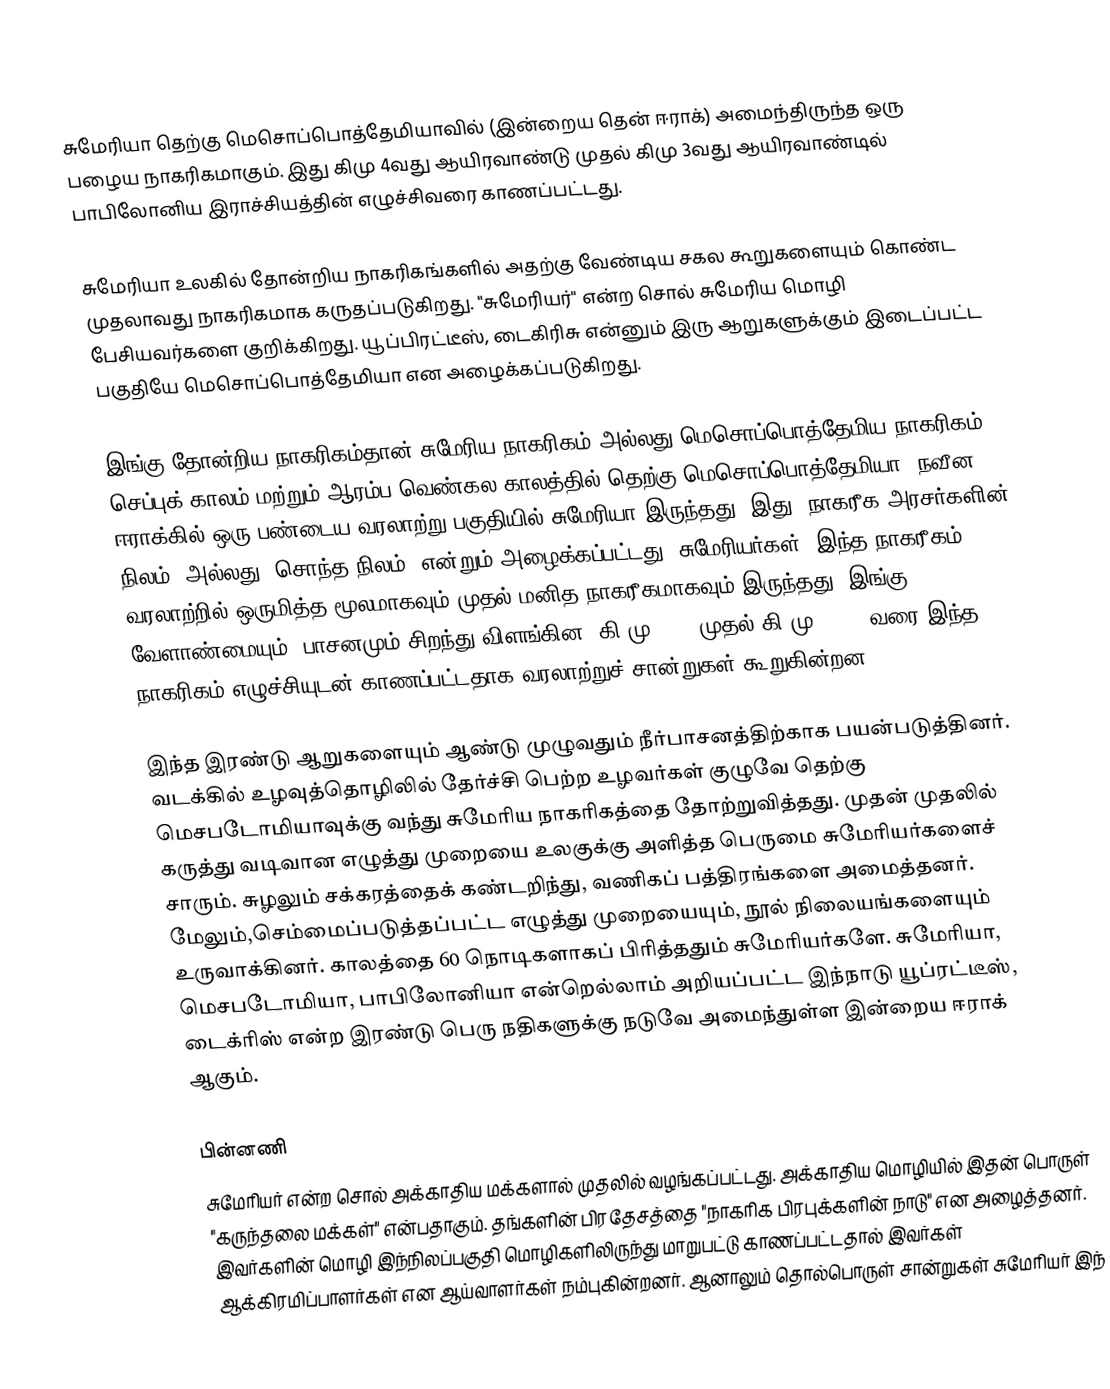
சுமேரியா தெற்கு மெசொப்பொத்தேமியாவில் (இன்றைய தென் ஈராக்) அமைந்திருந்த ஒரு பழைய நாகரிகமாகும். இது கிமு 4வது ஆயிரவாண்டு முதல் கிமு 3வது ஆயிரவாண்டில் பாபிலோனிய இராச்சியத்தின் எழுச்சிவரை காணப்பட்டது.

சுமேரியா உலகில் தோன்றிய நாகரிகங்களில் அதற்கு வேண்டிய சகல கூறுகளையும் கொண்ட முதலாவது நாகரிகமாக கருதப்படுகிறது. "சுமேரியர்" என்ற சொல் சுமேரிய மொழி பேசியவர்களை குறிக்கிறது. யூப்பிரட்டீஸ், டைகிரிசு என்னும் இரு ஆறுகளுக்கும் இடைப்பட்ட பகுதியே மெசொப்பொத்தேமியா என அழைக்கப்படுகிறது.

இங்கு தோன்றிய நாகரிகம்தான் சுமேரிய நாகரிகம் அல்லது மெசொப்பொத்தேமிய நாகரிகம். செப்புக் காலம் மற்றும் ஆரம்ப வெண்கல காலத்தில் தெற்கு மெசொப்பொத்தேமியா,  நவீன ஈராக்கில் ஒரு பண்டைய வரலாற்று பகுதியில் சுமேரியா இருந்தது. இது "நாகரீக அரசர்களின் நிலம்" அல்லது "சொந்த நிலம்" என்றும் அழைக்கப்பட்டது.  சுமேரியர்கள், இந்த நாகரீகம், வரலாற்றில் ஒருமித்த மூலமாகவும் முதல் மனித நாகரீகமாகவும் இருந்தது. இங்கு  வேளாண்மையும், பாசனமும் சிறந்து விளங்கின. கி.மு 4000 முதல் கி.மு. 3000 வரை இந்த நாகரிகம் எழுச்சியுடன் காணப்பட்டதாக வரலாற்றுச் சான்றுகள் கூறுகின்றன.

இந்த இரண்டு ஆறுகளையும் ஆண்டு முழுவதும் நீர்பாசனத்திற்காக  பயன்படுத்தினர். வடக்கில் உழவுத்தொழிலில் தேர்ச்சி பெற்ற உழவர்கள் குழுவே தெற்கு மெசபடோமியாவுக்கு வந்து சுமேரிய நாகரிகத்தை தோற்றுவித்தது. முதன் முதலில் கருத்து வடிவான எழுத்து முறையை உலகுக்கு அளித்த பெருமை சுமேரியர்களைச் சாரும். சுழலும் சக்கரத்தைக் கண்டறிந்து, வணிகப் பத்திரங்களை அமைத்தனர். மேலும்,செம்மைப்படுத்தப்பட்ட எழுத்து முறையையும், நூல் நிலையங்களையும் உருவாக்கினர். காலத்தை 60 நொடிகளாகப் பிரித்ததும் சுமேரியர்களே.  சுமேரியா, மெசபடோமியா, பாபிலோனியா என்றெல்லாம் அறியப்பட்ட இந்நாடு யூப்ரட்டீஸ், டைக்ரிஸ் என்ற இரண்டு பெரு நதிகளுக்கு நடுவே அமைந்துள்ள இன்றைய ஈராக் ஆகும்.

பின்னணி
சுமேரியர் என்ற சொல் அக்காதிய மக்களால் முதலில் வழங்கப்பட்டது. அக்காதிய மொழியில் இதன் பொருள் "கருந்தலை மக்கள்" என்பதாகும்.  தங்களின் பிரதேசத்தை "நாகரிக பிரபுக்களின் நாடு" என அழைத்தனர். இவர்களின் மொழி இந்நிலப்பகுதி மொழிகளிலிருந்து மாறுபட்டு காணப்பட்டதால் இவர்கள் ஆக்கிரமிப்பாளர்கள் என ஆய்வாளர்கள் நம்புகின்றனர். ஆனாலும் தொல்பொருள் சான்றுகள் சுமேரியர் இந்